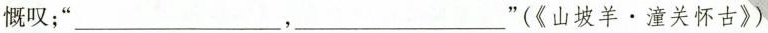
慨叹；“___，___”(《山坡羊。潼关怀古》)